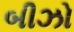
બીઝો